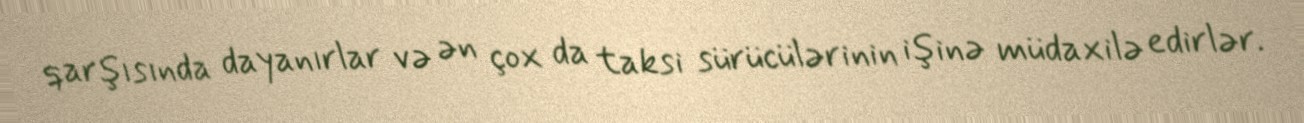
qarşısında dayanırlar və ən çox da taksi sürücülərinin işinə müdaxilə edirlər.